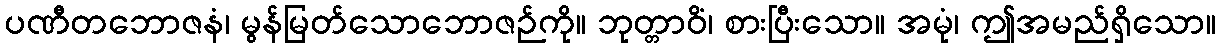
ပဏီတဘောဇနံ၊ မွန်မြတ်သောဘောဇဉ်ကို။ ဘုတ္တာဝိံ၊ စားပြီးသော။ အမုံ၊ ဤအမည်ရှိသော။